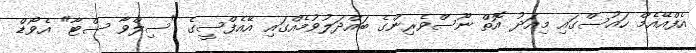
އެފްއޭއެމް ހައުސްގައި މިއަދު އޮތް ނޫސްވެރިންގެ ބައްދަލުވުމެއްގައި އޭއެފްސީގެ "ސިލްވާ ސްޓާ" އެވޯޑް